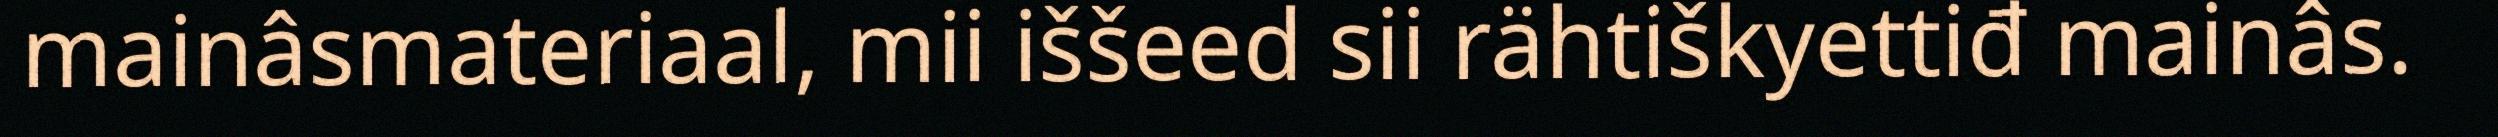
mainâsmateriaal, mii iššeed sii rähtiškyettiđ mainâs.